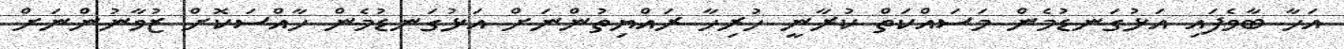
އަހާ ބާވެފައި އަޅުގަނޑުމެން މަސައްކަތް ކުރާނީ ހުރިހާ ރައްޔިތުންނަށް އަޅުގަނޑުމެން ހާއްސަކޮށް ޒުވާނުންނަށް